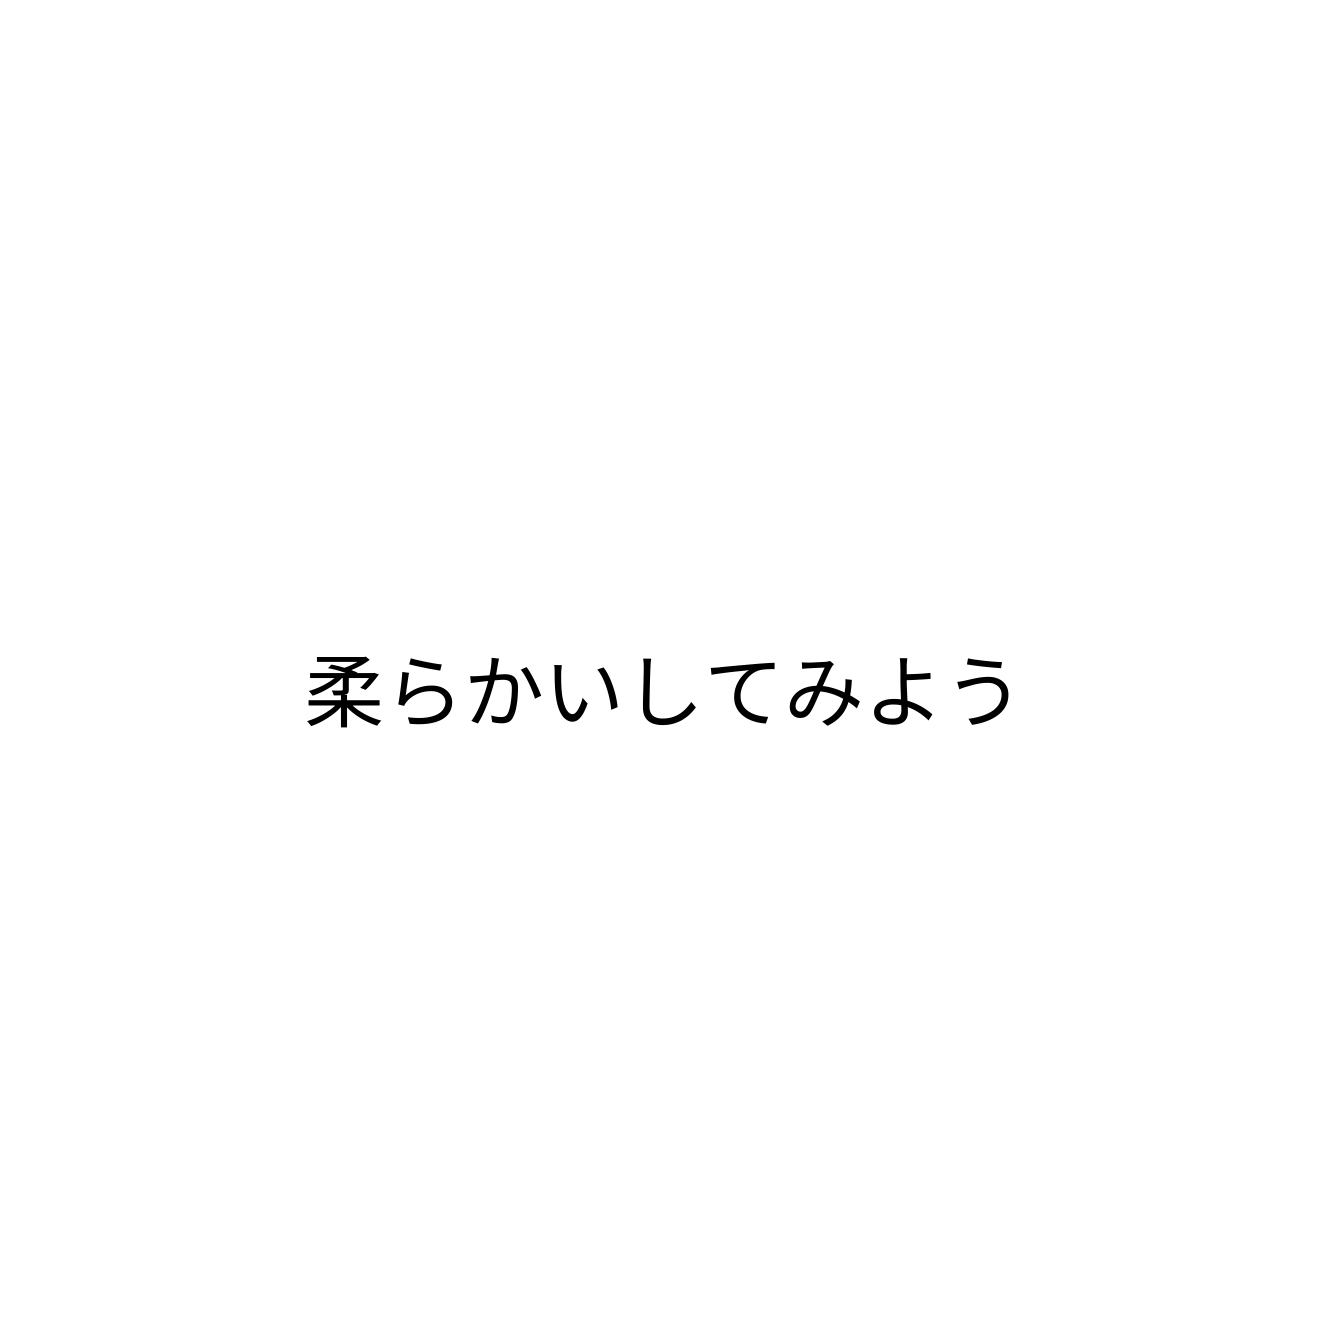
柔らかいしてみよう